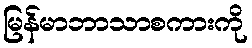
မြန်မာဘာသာစကားကို